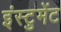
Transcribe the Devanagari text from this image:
इंस्टुमेंट